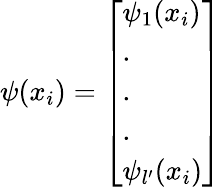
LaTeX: \psi(x_{i})=\left[\begin{array}{l}{\psi_{1}(x_{i})}\\ {.}\\ {.}\\ {.}\\ {\psi_{l^{\prime}}(x_{i})}\end{array}\right]